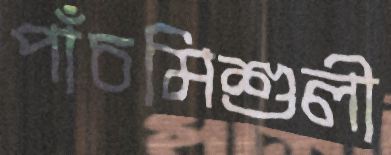
পাঁচমিশুলী